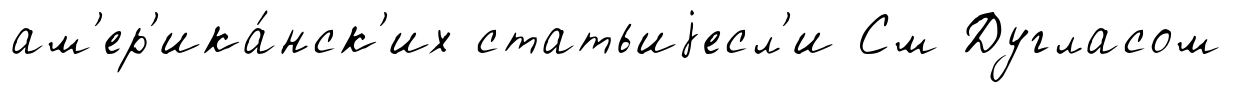
ам'ер'ика́нск'их статьиjесл'и См Дугласом